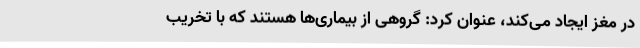
در مغز ایجاد می‌کند، عنوان کرد: گروهی از بیماری‌ها هستند که با تخریب